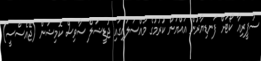
ސުޕީރިއާ ކޯޓަށް ފަނޑިޔާރުން އައްޔަން ކުރުމުގެ މައްސަލައިގައި ޖުޑީޝަލް ސާވިސް ކޮމިޝަން (ޖޭއެސްސީ)